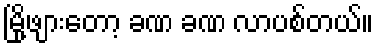
မြို့ဖျားတော့ ခဏ ခဏ လာပစ်တယ်။